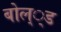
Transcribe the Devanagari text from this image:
बोल््ड